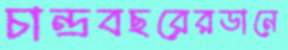
চান্দ্রবছরেরডানে